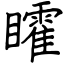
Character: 矐